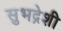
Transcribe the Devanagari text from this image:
सुभद्रेशी